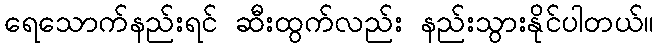
ရေသောက်နည်းရင် ဆီးထွက်လည်း နည်းသွားနိုင်ပါတယ်။